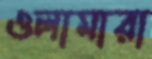
ওলামারা